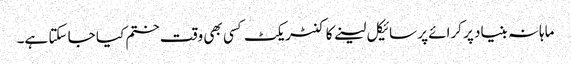
ماہانہ بنیاد پر کرائے پر سائیکل لینے کا کنٹریکٹ کسی بھی وقت ختم کیا جا سکتا ہے۔